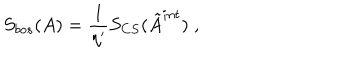
LaTeX: S _ { b o s } ( A ) = \frac 1 { \eta ^ { \prime } } S _ { C S } ( \tilde { A } ^ { i n t } ) \; ,